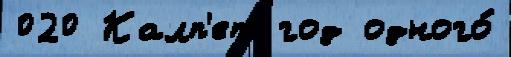
020 Калп'ет год одного́